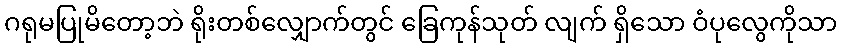
ဂရုမပြုမိတော့ဘဲ ရိုးတစ်လျှောက်တွင် ခြေကုန်သုတ် လျက် ရှိသော ဝံပုလွေကိုသာ